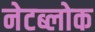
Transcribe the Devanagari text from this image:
नेटब्लोक